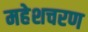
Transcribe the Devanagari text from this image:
महेशचरण